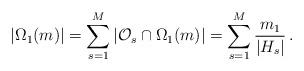
LaTeX: \begin{align*} \left|\Omega_{1}(m)\right| =\sum_{s=1}^{M}\left|\mathcal{O}_{s}\cap\Omega_{1}(m)\right| =\sum_{s=1}^{M}\frac{m_{1}}{|H_{s}|}\,. \end{align*}